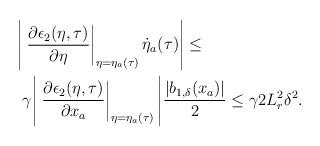
LaTeX: \begin{align*}\begin{aligned}\Bigg|&\left.\dfrac{\partial \epsilon_2(\eta,\tau)}{\partial \eta}\right|_{\eta = \eta_a(\tau)} \dot{\eta}_a(\tau)\Bigg| \le \\&\gamma\Bigg|\left.\dfrac{\partial \epsilon_2(\eta,\tau)}{\partial x_a}\right|_{\eta = \eta_a(\tau)}\Bigg| \dfrac{|b_{1,\delta}(x_a)|}{2} \le \gamma 2 L_r^2 \delta^2. \end{aligned}\end{align*}